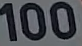
100